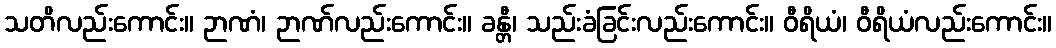
သတိလည်းကောင်း။ ဉာဏံ၊ ဉာဏ်လည်းကောင်း။ ခန္တီ၊ သည်းခံခြင်းလည်းကောင်း။ ဝီရိယံ၊ ဝီရိယံလည်းကောင်း။